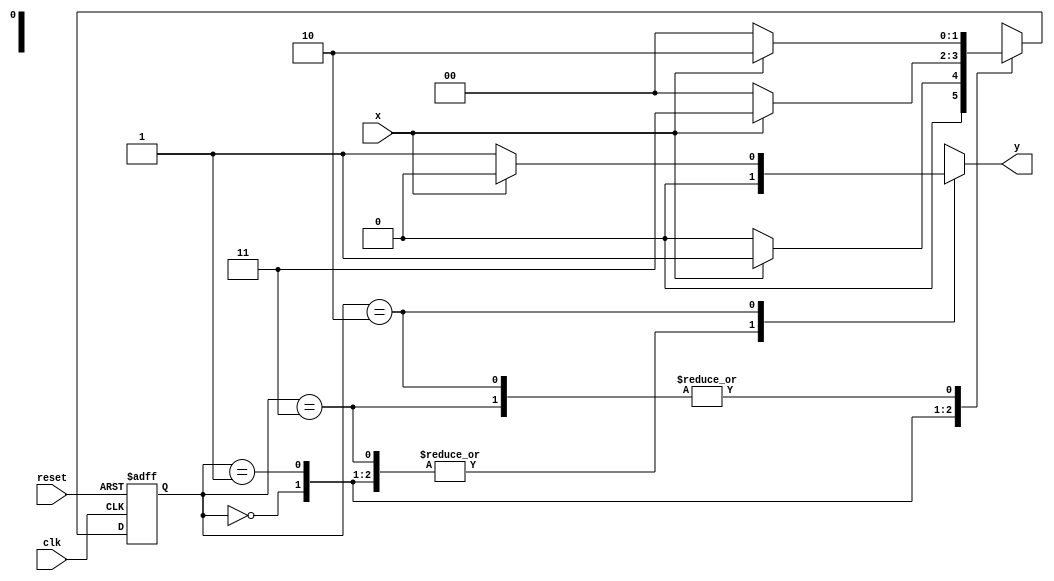
// -------------------------
// Mealy1110 - 
// Nome: Rodrigo Arruda de Assis 
// --------------------------- 


// -------------- 
// --- Mealy FSM 
// -------------- 

			
	// constant definitions 
		 `define found 1 
		 `define notfound 0 
	
	// FSM by Mealy 
		module mealy1110 ( y, x, clk, reset ); 
		output y; 
		input x; 
		input clk; 
		input reset; 
		reg y; 
		
		parameter // state identifiers 
		start = 2'b00, 
		id1 = 2'b01, 
		id11 = 2'b11, 
		id111 = 2'b10; 

		reg [1:0] E1; // current state variables 
		reg [1:0] E2; // next state logic output 

	// next state logic 
		always @( x or E1 ) 
		begin 
		 y = `notfound; 
		case ( E1 ) 
	 	 start: 
		if ( x ) 
		 E2 = id1; 
		else 
		 E2 = start; 
	  	 id1: 
		if ( x ) 
		 E2 = id11; 
		else 
		 E2 = start; 
		 id11: 
		if ( x ) 
		 E2 = id111; 
		else 
		 E2 = start; 
		 id111: 
		if ( x ) 
		begin 
	 	 E2 = id111; 
		 y = `notfound; 
		end 
		else 
		begin 
		 E2 = start; 
		 y = `found; 
		end 
		 default: // undefined state 
		 E2 = 2'bxx; 
 		 endcase 
	end // always at signal or state changing 


	// state variables 
		always @( posedge clk or negedge reset ) 
		begin 
		if ( reset ) 
		 E1 = E2; // updates current state 
		else 
		 E1 = 0; // reset 
		end // always at signal changing 
		
			
			
			
endmodule // Mealy1110